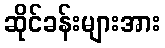
ဆိုင်ခန်းများအား